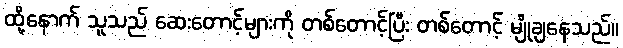
ထို့နောက် သူသည် ဆေးတောင့်များကို တစ်တောင့်ပြီး တစ်တောင့် မျိုချနေသည်။